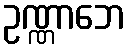
ဥဏ္ဏာဘေ